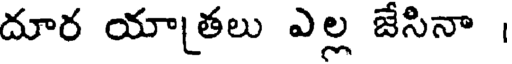
దూర యాతలు ఎల్ల జేసినా